Report on vaccination in Madras 1922-1929 - 1922-1929
Year: 1922
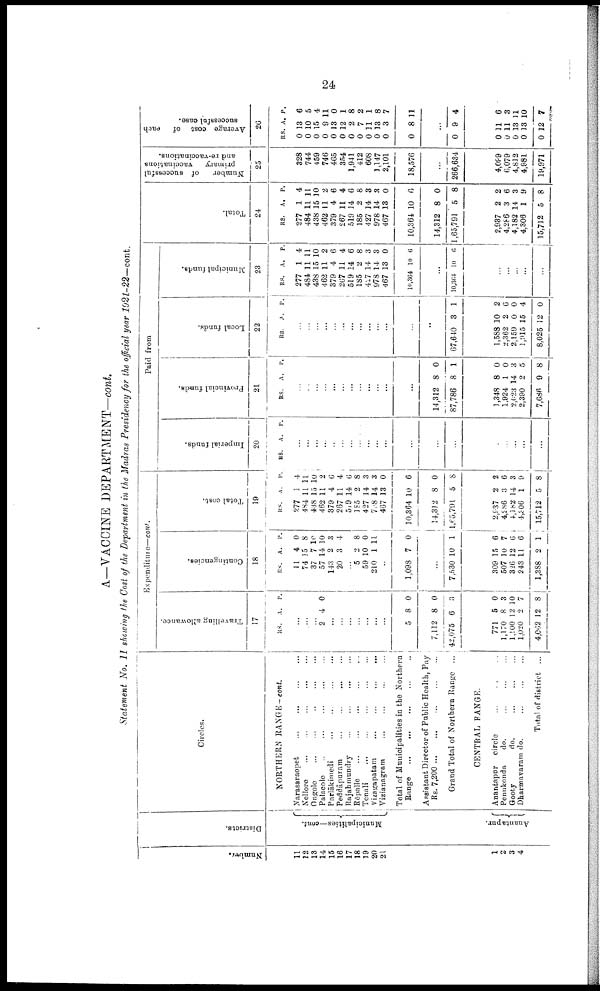
24
A—VACCINE DEPARTMENT—cont.
Statement No. II showing the Cost of the Department in the Madras Presidency for the official year 1921-22—cont.
Number.
11
12
13
14
15
16
17
18
19
20
21
Districts.
Municipalities—cont.
Circles.
NORTHERN RANGE-cont.
Narasaraopet...
...
...
...
...
Nellore...
...
...
...
...
Ongole... ... ... ...
Palacolo...
...
...
...
...
Parlākimedi...
...
...
...
...
Peddāpuram...
...
...
...
...
Rajahmundry...
...
...
...
...
Rōpalle...
...
...
...
...
Tenali...
...
...
...
...
Vizagapatam
...
...
...
...
Vizianagram... ... ... ...
Total of Municipalities in the Northern
Range...
...
...
...
...
Assistant Director of Public Health, Pay
Rs.
7,200...
...
...
...
Grand Total of Northern Range... ... ... ...
Expenditure—cont.
Travelling allowance.
17
RS. A. P.
...
...
...
2 4 0
...
...
...
...
...
...
...
5
7,112
42,075
8
8
6
0
0
3
Contingencies.
18
RS.
11
74
37
57
143
20
A.
4
15
7
14
2
3
P.
0
8
10
10
3
4
...
5
59
210
2
10
1
8
0
11
...
1,098 7 0
...
7,530 10 1
Total cost.
19
RS.
277
484
438
462
379
267
509
185
427
798
467
10,364
14,312
l,65,791
A.
1
11
15
11
4
11
14
2
14
14
13
10
8
5
P.
4
11
l0
2
6
4
6
8
3
3
0
6
0
8
Paid from
Imperial funds.
20
RS. A. P.
...
...
...
...
...
...
...
...
...
...
...
...
...
...
Provincial funds.
21
RS
A. P.
...
...
...
...
...
...
...
...
...
...
...
...
14,312
87,786
8
8
0
1
Local funds.
22
RS. A. P.
...
...
...
...
...
...
...
...
...
...
...
...
...
67,640 3 1
Municipal funds.
23
RS.
277
484
438
462
379
267
519
185
427
978
467
10,364
A.
1
11
15
11
4
11
14
2
14
14
13
10
P.
4
11
10
2
6
4
6
8
3
3
0
6
...
10,364 10 0
Total.
24
RS.
277
484
438
462
379
267
519
185
427
978
467
10,364
14,312
1,65,791
A.
1
11
15
11
4
11
14
2
14
14
13
10
8
5
P.
4
11
10
2
6
4
6
8
3
3
0
6
0
8
Number
of successful
primary vaccinations
and re-vaccinations.
25
328
744
459
746
465
354
1,941
412
608
1,147
2,101
18,576
...
266,634
Average cost of
each
successful case.
26
RS
0
0
0
0
0
0
0
0
0
0
0
0
A.
13
10
15
9
13
12
2
7
31
13
3
8
P.
6
5
4
11
0
1
8
2
1
8
7
11
...
0 9 4
CENTRAL RANGE.
1
2
3
4
Anantapur.
Anantapur
circle...
...
...
Penukonda
do. ... ... ...
Gooty
do. ... ... ...
Dharmavaram do.
...
...
...
Total of district ...
771
1,170
1,100
1,020
4,062
5
8
12
2
12
0
3
10
7
8
309
507
326
243
1,388
15
10
12
11
2
6
7
6
6
1
2,937
4,286
4,182
4,306
15,712
2
3
14
1
5
2
6
3
9
8
...
...
...
...
...
1,348
1,924
2,023
2,390
7,686
8
1
14
2
9
0
0
3
5
8
1,588
2,362
2,159
l,9l5
8,025
10
2
0
15
12
2
6
0
4
0
...
...
...
...
...
2,937
4,286
4,182
4,306
15,712
2
3
14
1
5
2
6
3
9
8
4,099
6,079
4,812
4,981
19,971
0
0
0
0
0
11
11
13
13
12
6
3
11
10
7